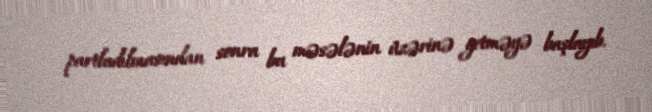
partladılmasından sonra bu məsələnin üzərinə getməyə başlayıb.